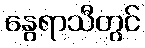
နွေရာသီတွင်